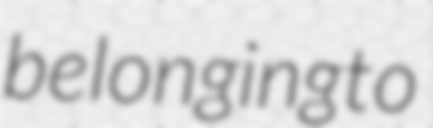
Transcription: belonging to